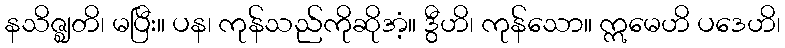
နသိဇ္ဈတိ၊ မပြီး။ ပန၊ ကုန်သည်ကိုဆိုအံ့။ ဒွီဟိ၊ ကုန်သော။ ဣမေဟိ ပဒေဟိ၊